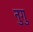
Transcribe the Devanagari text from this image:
नुगु